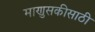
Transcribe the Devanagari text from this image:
माणुसकीसाठी